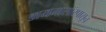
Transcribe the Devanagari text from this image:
डायनासॉरपासून